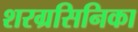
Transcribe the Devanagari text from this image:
शरग्रसिनिका